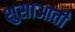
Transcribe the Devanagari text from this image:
शुसाआती